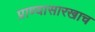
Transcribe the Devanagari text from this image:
प्राण्यासारखाच